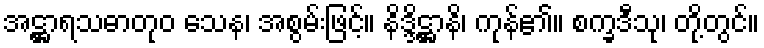
အဋ္ဌာရသဓာတုဝ သေန၊ အစွမ်းဖြင့်။ နိဒ္ဒိဋ္ဌာနိ၊ ကုန်၏။ စက္ခဒီသု၊ တို့တွင်။